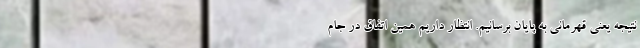
نتیجه یعنی قهرمانی به پایان برسانیم. انتظار داریم همین اتفاق در جام